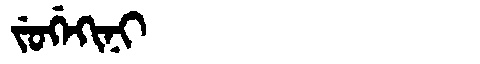
Manchu: ᠵᡠᡤᡝᡴᡳᠨᡳ
Romanization: JUGEKINI